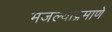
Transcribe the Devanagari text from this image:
मजल्याप्रमाणे